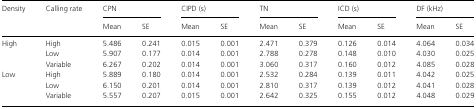
<table><thead><tr><td><b>Density</b></td><td><b>Calling rate</b></td><td colspan="2"><b>CPN</b></td><td colspan="2"><b>CIPD (s)</b></td><td colspan="2"><b>TN</b></td><td colspan="2"><b>ICD (s)</b></td><td colspan="2"><b>DF (kHz)</b></td></tr><tr><td></td><td></td><td><b>Mean</b></td><td><b>SE</b></td><td><b>Mean</b></td><td><b>SE</b></td><td><b>Mean</b></td><td><b>SE</b></td><td><b>Mean</b></td><td><b>SE</b></td><td><b>Mean</b></td><td><b>SE</b></td></tr></thead><tbody><tr><td>High</td><td>High</td><td>5.486</td><td>0.241</td><td>0.015</td><td>0.001</td><td>2.471</td><td>0.379</td><td>0.126</td><td>0.014</td><td>4.064</td><td>0.034</td></tr><tr><td></td><td>Low</td><td>5.907</td><td>0.177</td><td>0.014</td><td>0.001</td><td>2.788</td><td>0.278</td><td>0.148</td><td>0.010</td><td>4.030</td><td>0.025</td></tr><tr><td></td><td>Variable</td><td>6.267</td><td>0.202</td><td>0.014</td><td>0.001</td><td>3.060</td><td>0.317</td><td>0.160</td><td>0.012</td><td>4.085</td><td>0.028</td></tr><tr><td>Low</td><td>High</td><td>5.889</td><td>0.180</td><td>0.014</td><td>0.001</td><td>2.532</td><td>0.284</td><td>0.139</td><td>0.011</td><td>4.042</td><td>0.025</td></tr><tr><td></td><td>Low</td><td>6.150</td><td>0.201</td><td>0.014</td><td>0.001</td><td>2.810</td><td>0.317</td><td>0.139</td><td>0.012</td><td>4.041</td><td>0.028</td></tr><tr><td></td><td>Variable</td><td>5.557</td><td>0.207</td><td>0.015</td><td>0.001</td><td>2.642</td><td>0.325</td><td>0.155</td><td>0.012</td><td>4.048</td><td>0.029</td></tr></tbody></table>